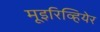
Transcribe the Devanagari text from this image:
मूइरिव्हियेर